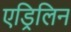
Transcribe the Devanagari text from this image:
एड्रिलिन